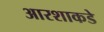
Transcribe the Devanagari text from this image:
आरशाकडे